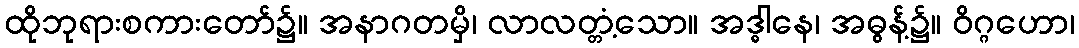
ထိုဘုရားစကားတော်၌။ အနာဂတမှိ၊ လာလတ္တံ့သော။ အဒ္ဓါနေ၊ အဓွန့်၌။ ဝိဂ္ဂဟော၊